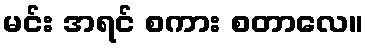
မင်း အရင် စကား စတာလေ။